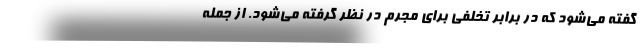
گفته می‌شود که در برابر تخلفی برای مجرم در نظر گرفته می‌شود. از جمله